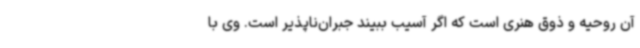
آن روحیه و ذوق هنری است که اگر آسیب ببیند جبران‌ناپذیر است. وی با